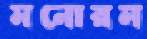
মনোরম